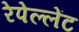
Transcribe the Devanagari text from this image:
रेपेल्लेंट